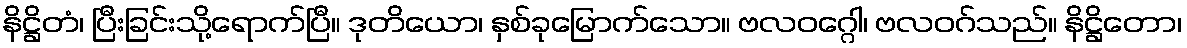
နိဋ္ဌိတံ၊ ပြီးခြင်းသို့ရောက်ပြီ။ ဒုတိယော၊ နှစ်ခုမြောက်သော။ ဗလဝဂ္ဂေါ၊ ဗလဝဂ်သည်။ နိဋ္ဌိတော၊